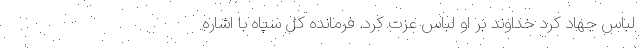
لباس جهاد کرد خداوند بر او لباس عزت کرد. فرمانده کل سپاه با اشاره